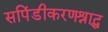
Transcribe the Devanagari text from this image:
सपिंडीकरणश्राद्ध